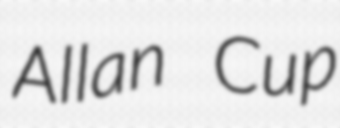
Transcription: Allan Cup